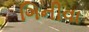
ગિનીવા